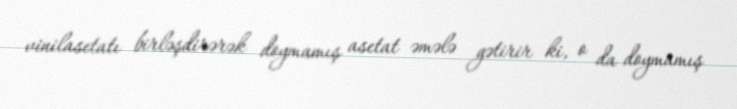
vinilasetatı birləşdirərək doymamış asetat əmələ gətirir ki, o da doymamış